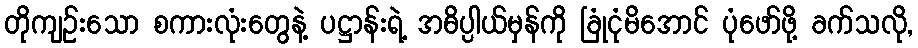
တိုကျဉ်းသော စကားလုံးတွေနဲ့ ပဋ္ဌာန်းရဲ့ အဓိပ္ပါယ်မှန်ကို ခြုံငုံမိအောင် ပုံဖော်ဖို့ ခက်သလို,